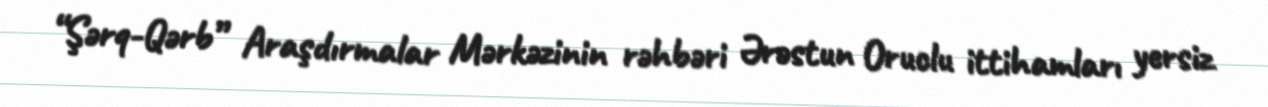
“Şərq-Qərb” Araşdırmalar Mərkəzinin rəhbəri Ərəstun Oruclu ittihamları yersiz